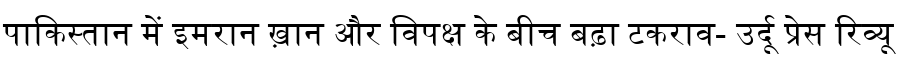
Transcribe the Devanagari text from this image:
पाकिस्तान में इमरान ख़ान और विपक्ष के बीच बढ़ा टकराव- उर्दू प्रेस रिव्यू